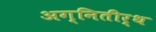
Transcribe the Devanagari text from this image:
अग्नितीर्थ